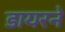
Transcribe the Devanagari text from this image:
डायरने